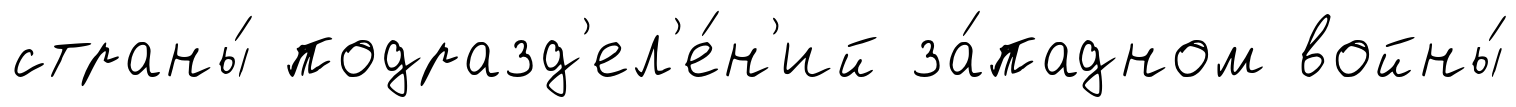
страны́ подразд'ел'е́н'ий за́падном войны́